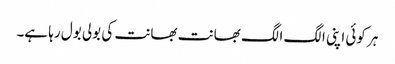
ہر کوئی اپنی الگ الگ بھانت بھانت کی بولی بول رہا ہے۔